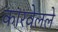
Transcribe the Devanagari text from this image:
कारवेलले